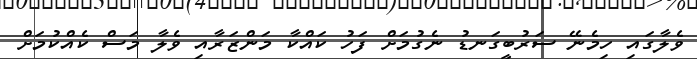
ވެލާގައި ހިމެނޭ ސަރުބީގަނޑު ނެގުމަށް ފަހު ކައްކާ މަންޒަރާއި ވެލާ މަސް ކެއްކުމަށް